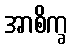
အာစိက္ခ